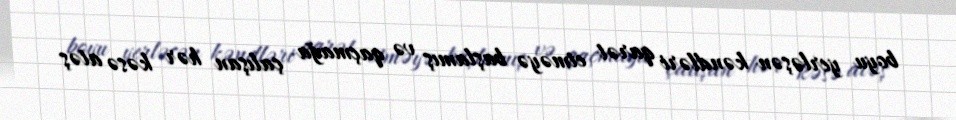
boyu yerləşən kəndləri qarət etməyə başlamış və qaçmağa çalışan hər kəsə atəş